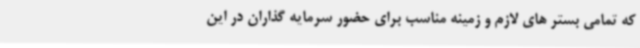
که تمامی بستر های لازم و زمینه مناسب برای حضور سرمایه گذاران در این